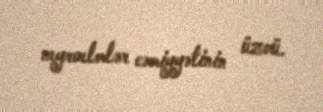
neyroelmlər cəmiyyətinin üzvü.